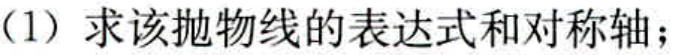
（1）求该抛物线的表达式和对称轴；